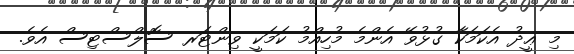
މި ޢީދު އެކަމަކާ ގުޅުވޭ އެންމެ މުހިއްމު ކަމަކީ ވިންޓަރ ސޮލްސްޓިސް އެވެ.